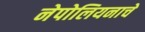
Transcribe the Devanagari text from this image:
नेपोलियनाचे